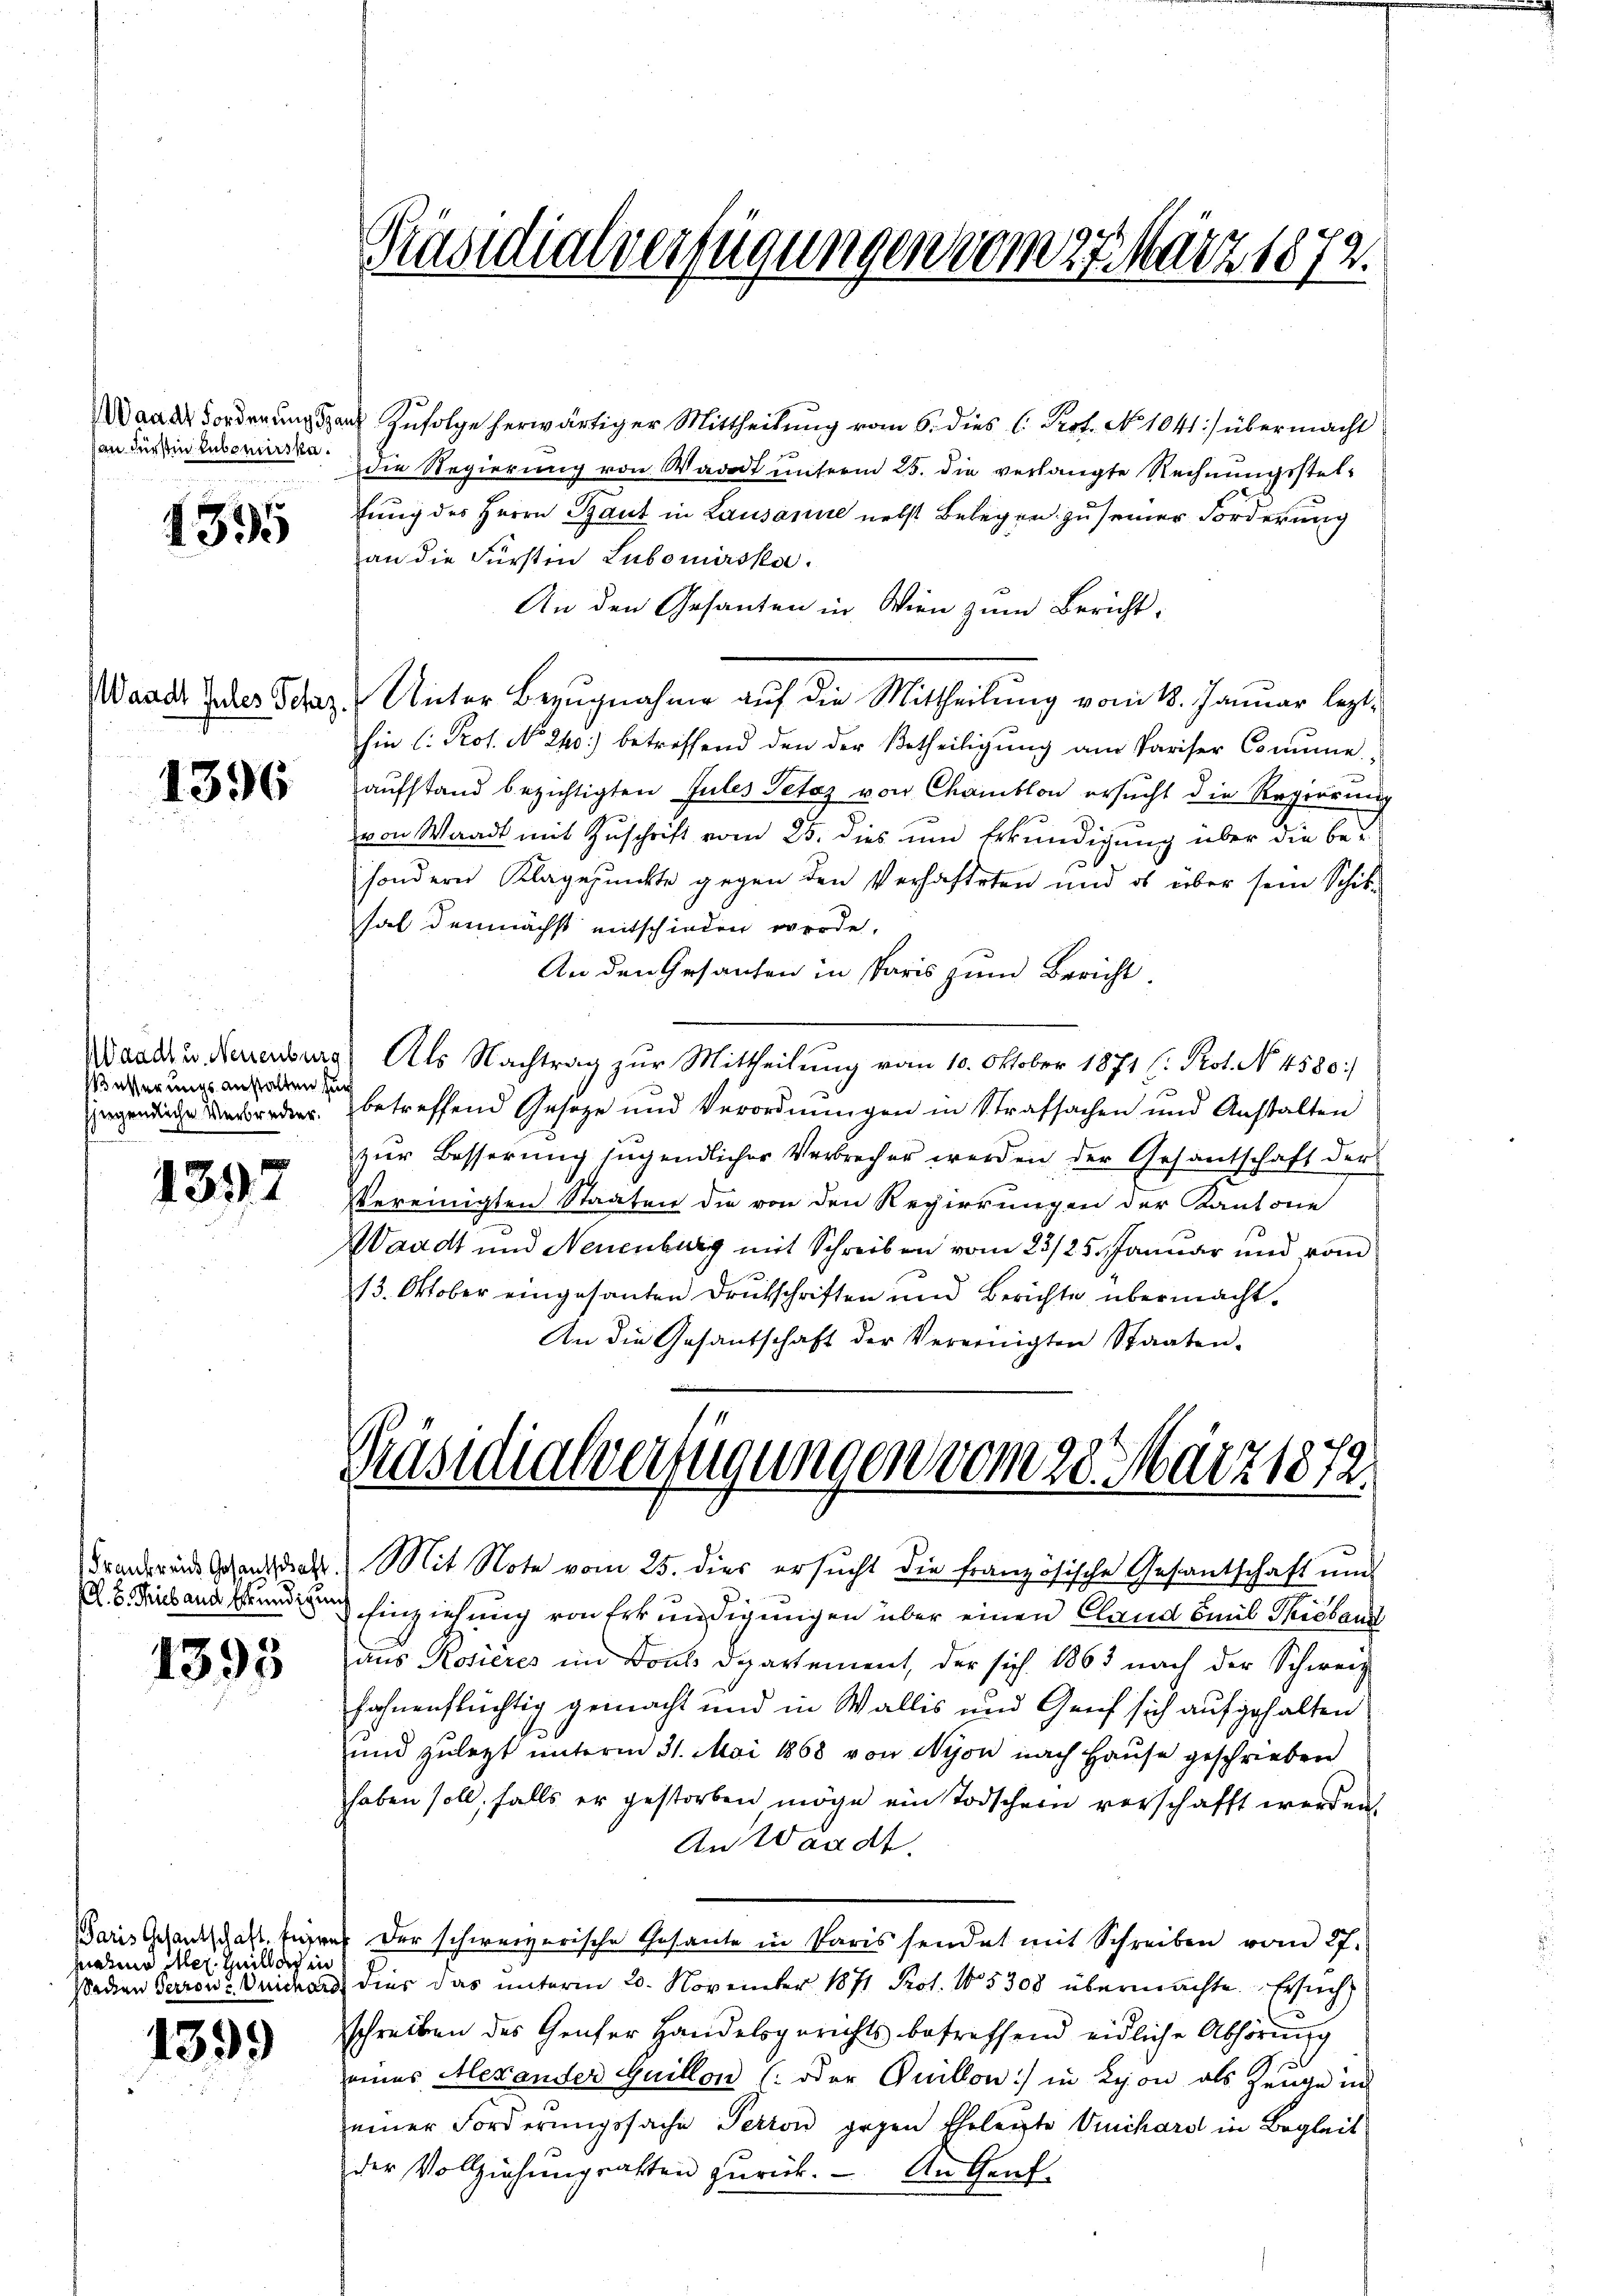
an Fürstin Hubomirska¬

4395

1396

Waadt u. Neuenburg
ässerungsanstalten für
siegendliche Verbrechter.

1397

1395

Paris Gesantschaft kein
paten Mer. Heillach in

1399

Präsidialverfügungen vom 27. März 1873.

Präsidialverfügungen vom 28. März 1872.

Wander Forderungspar Zufolge herwärtiger Mittheilung vom 6. dies C. Prot. No. 1041) übermacht
die Regierung von Wadet unterm 25. die verlangte Rechnungsstelfung des Herrn Gaut in Lausanne nebst Belegen zu seiner Forderung
an die Fürsten Lubomirska.
An den Gesanten in Wien zum Bericht.
Wand der Schaz- Unter Bezugnahme auf die Mittheilung vom 18. Januar lezthin (: Prof. No 240.) betreffend den der Betheiligŭng am Pariser Comme
aufstand bezichtigten Jules Petaz von Chamblon ersucht die Regierung
von Waadt mit Zuschrift vom 25. dies und Erkundigung über die be-
sondern Klagepunkte gegen den Verhafteten und es über sein Schik-
hat demnächst eitschieden werde.
An den Gesanten in Paris zum Bericht
Als Nachtrag zur Mittheilung vom 10. Oktober 1871 (: Prot. No. 4580)
betreffend Geseze und Verordnungen in Strafsachen und Anstalten
zur Besserung suchendlicher Verbrecher werden der Gesantschaft der
vereinigten Staaten die von den Regierungen der Kantone
Waadt und Neuenburg mit Schreiben vom 23/25. Januar und vom
13. Oktober eingesanten Drutschriften und Berichte übermacht.
An die Gesantschaft der Vereinigten Staaten.

Branderen Ganze Mit Note vom 25. dies ersucht die französische Gesantschaft und
R. S. Fiebend und hinziehung von Erkundigungen über einen Cland Baub Thieband
aus Rosières im Dons Departement, der sich 1863 nach der Schweiz
fahnenflüchtig gemacht und in Wallis und Genf sich aufgehalten
und zuletzt unterm 31. Mai 1868 von Nyon nach Hause geschrieben
haben soll, falls er gestorben möge ein Todscher verschafft werden.
An Waadt
i der schweizerische Gesante in Paris sendet mit Schreiben vom 27.
Wedien Perron Duicher dies das unterm 20. November 1871 Prot. 15308 übermachte Ersuch
schreiben des Genfer Handelsgerichts betreffend eidliche Abhörung
eines Alexander Guillon (oder Quillon) in Lion als Zeuge in
einer Forderungssache Perton gegen Ehelegte Vichard in Begleit
der Vollziehŭngsalten zŭrück. An Genf